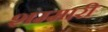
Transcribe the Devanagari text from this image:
शम्मारी